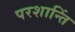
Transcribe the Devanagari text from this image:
परशान्तिं